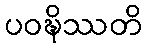
ပဝဍ္ဎိဿတိ